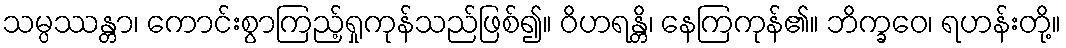
သမ္ပဿန္တာ၊ ကောင်းစွာကြည့်ရှုကုန်သည်ဖြစ်၍။ ဝိဟရန္တိ၊ နေကြကုန်၏။ ဘိက္ခဝေ၊ ရဟန်းတို့။